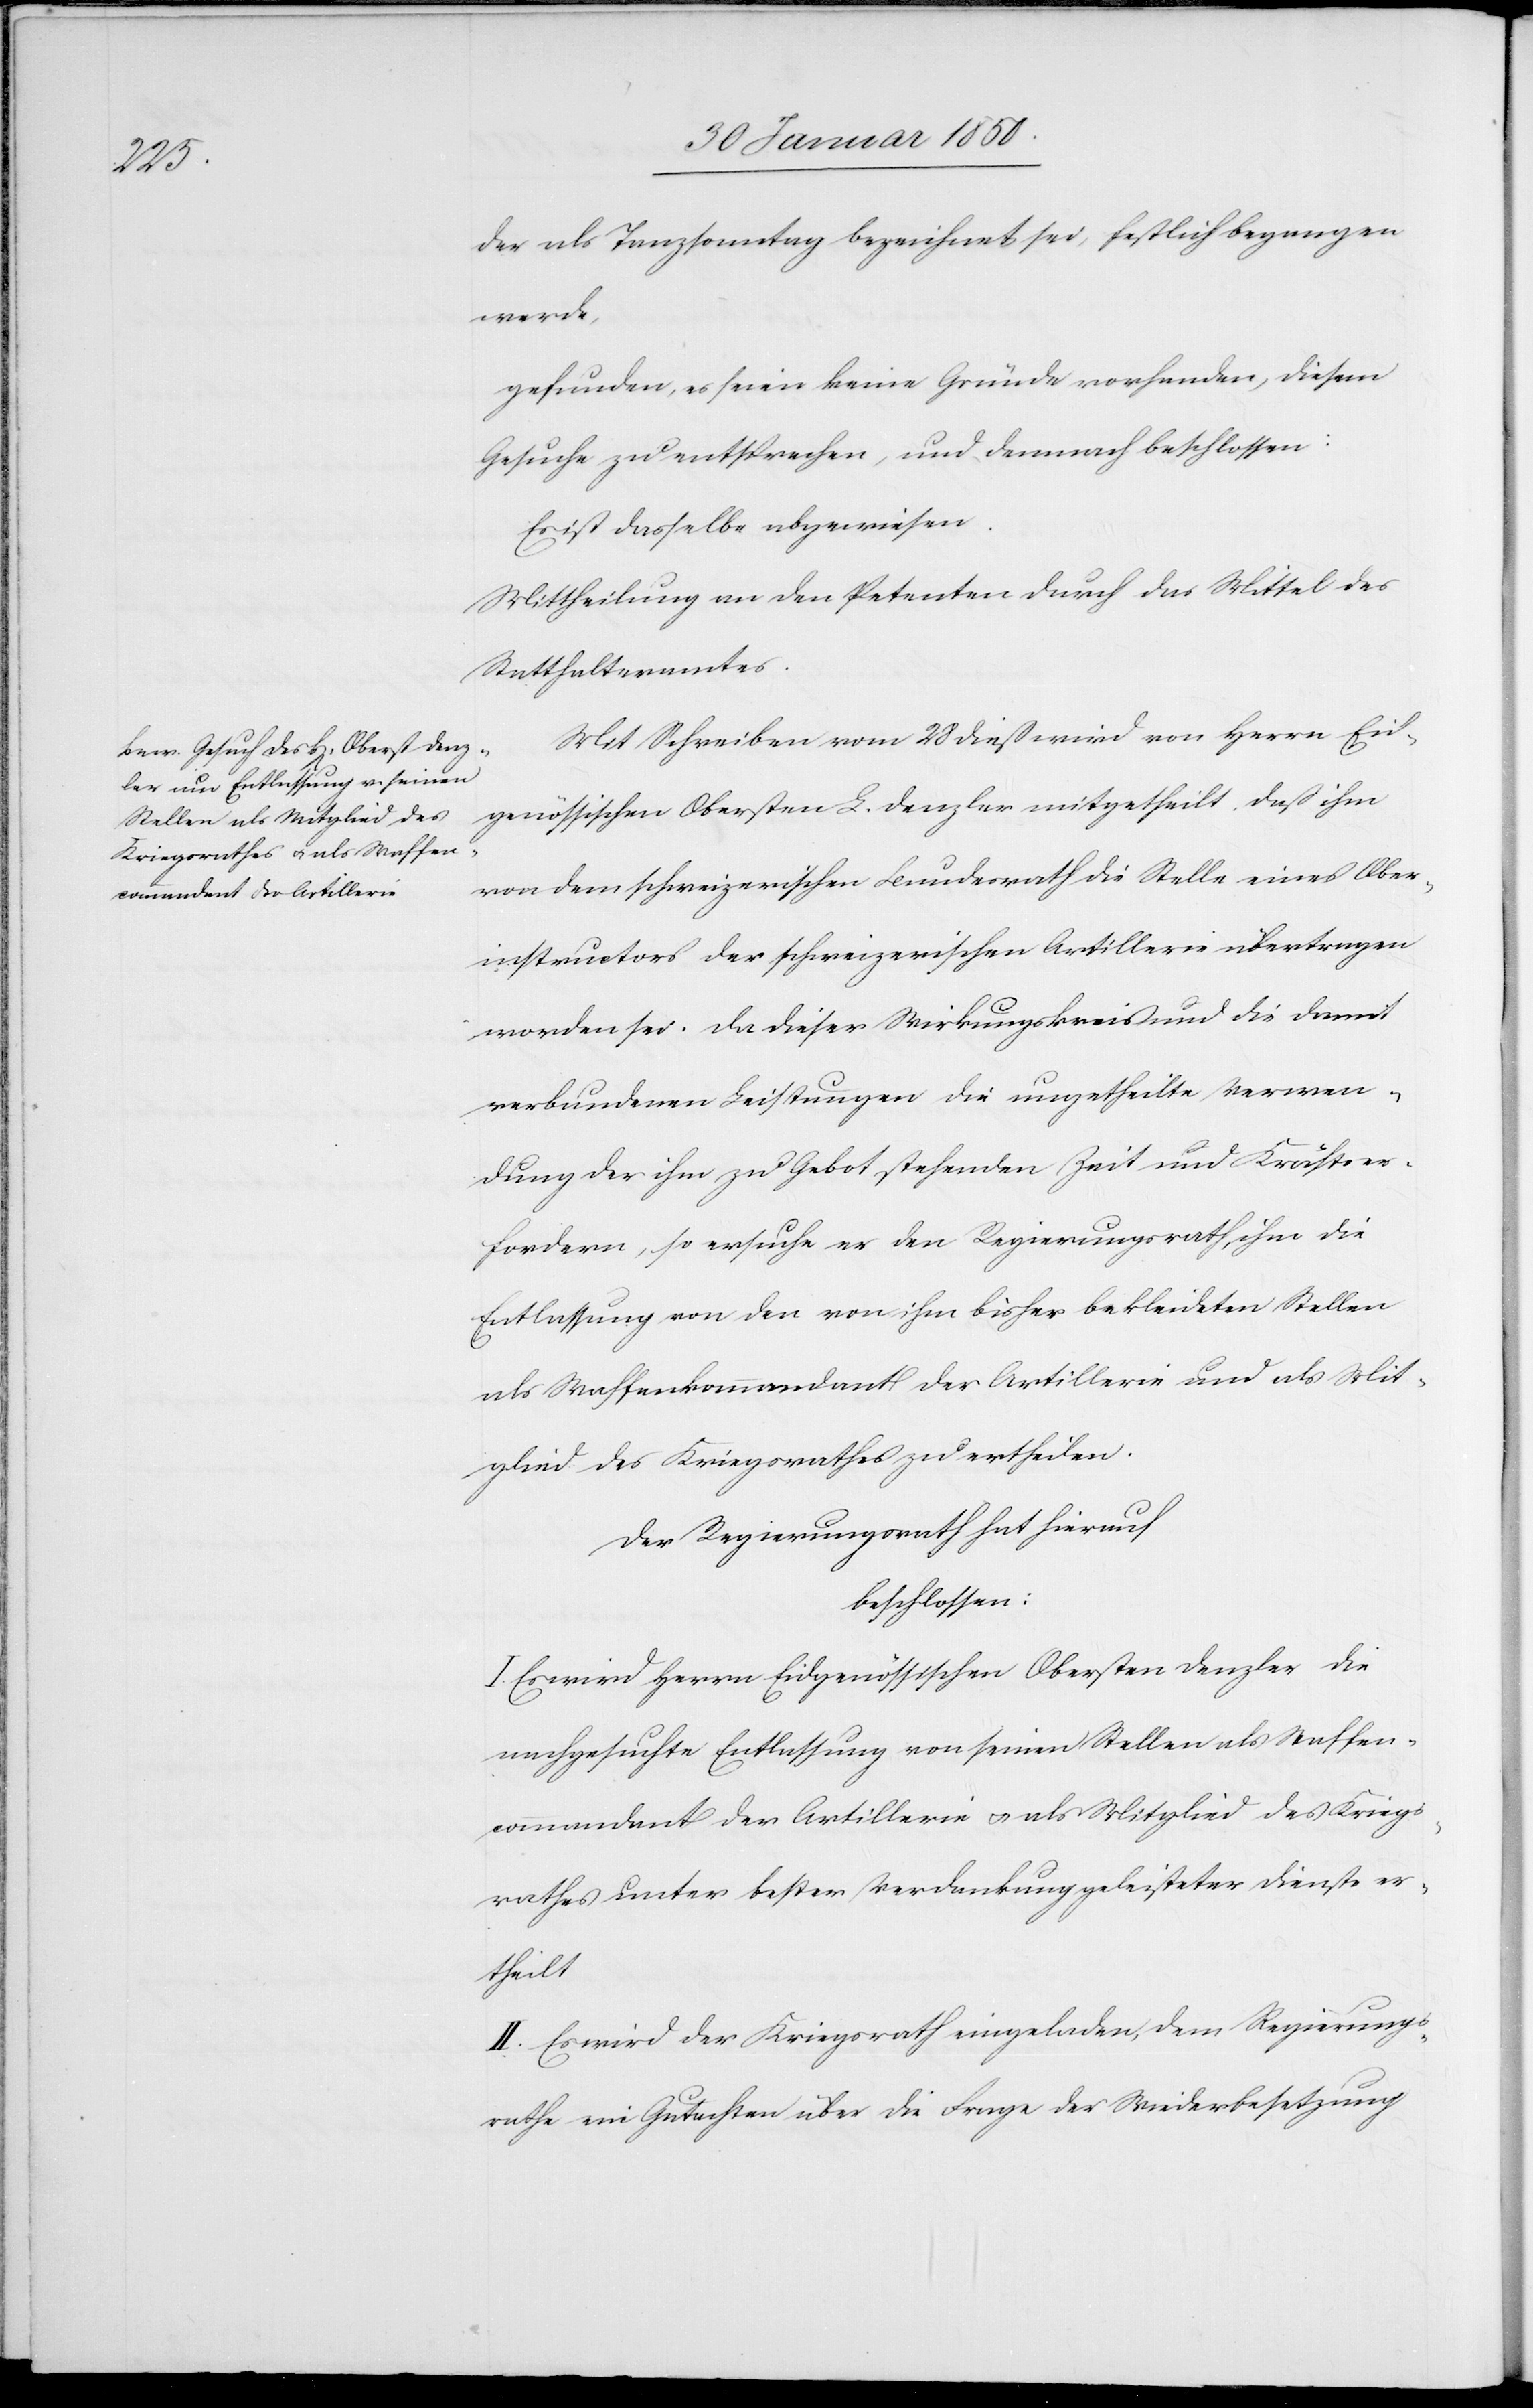
der als Tanzsonntag bezeichnet sei, festlich begangen
werde,
gefunden, es seien keine Gründe vorhanden, diesem
Gesuche zu entsprechen, und demnach beschlossen:
Es ist dasselbe abgewiesen.
Mittheilung an den Petenten durch das Mittel des
Statthalteramtes.
Mit Schreiben vom 28 dieß wird von Herrn Eid¬
genössischen Obersten L. Denzler mitgetheilt, daß ihm
von dem schweizerischen Bundesrath die Stelle eines Ober¬
instructors der schweizerischen Artillerie übertragen
worden sei. Da dieser Wirkungskreis und die damit
verbundenen Leistungen die ungetheilte Verwen¬
dung der ihm zu Gebot stehenden Zeit und Kräfte er¬
fordern, so ersuche er den Regierungsrath, ihm die
Entlassung von den von ihm bisher bekleideten Stellen
als Waffenkommandant der Artillerie und als Mit¬
glied des Kriegsrathes zu ertheilen.
Der Regierungsrath hat hierauf
beschlossen:
I. Es wird Herrn Eidgenössischen Obersten Denzler die
nachgesuchte Entlassung von seinen Stellen als Waffen¬
commandant der Artillerie u. als Mitglied des Kriegs¬
rathes unter bester Verdankung geleisteter Dienste er¬
theilt.
II. Es wird der Kriegsrath eingeladen, dem Regierungs¬
rathe ein Gutachten über die Frage der Wiederbesetzung